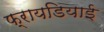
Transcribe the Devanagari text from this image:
फ्रायडियाई